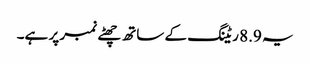
یہ 8.9 ریٹنگ کے ساتھ چھٹے نمبر پر ہے۔